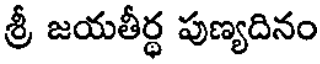
శ్రీ జయతీర్థ పుణ్యదినం